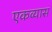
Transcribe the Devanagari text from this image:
एकव्यास